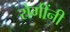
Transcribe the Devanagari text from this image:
रोगींनी